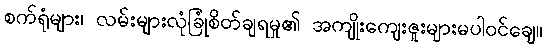
စက်ရုံများ၊ လမ်းများလုံခြုံစိတ်ချရမှု၏ အကျိုးကျေးဇူးများမပါဝင်ချေ။